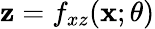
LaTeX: \mathbf{z}=f_{xz}(\mathbf{x};\theta)